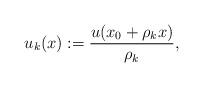
LaTeX: \begin{align*}u_k(x) := \frac{u(x_0 + \rho_k x)}{\rho_k},\end{align*}